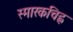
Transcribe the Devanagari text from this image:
स्मारकचिह्न